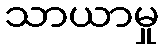
သာယာမှု